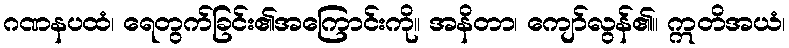
ဂဏနပထံ၊ ရေတွက်ခြင်း၏အကြောင်းကို။ အနိတာ၊ ကျော်လွန်၏။ ဣတိအယံ၊